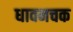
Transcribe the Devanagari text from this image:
धावनचक